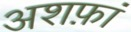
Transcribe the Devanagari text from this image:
अशफ़ां